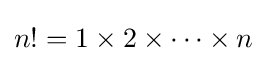
n!=1\times 2\times \cdots \times n